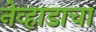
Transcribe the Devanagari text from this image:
नेव्हाडाचा